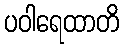
ပဝါရေထာတိ